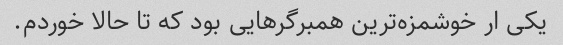
یکی ار خوشمزه‌ترین همبرگرهایی بود که تا حالا خوردم.